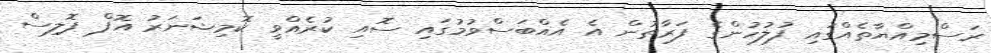
ރަސްމިއްޔާތެއްގައި ފުލުހުންގެ ފަރާތުން އެ އެއްބަސްވުމުގައި ސޮއި ކުރެއްވީ ކޮމިޝަނަރު އޮފް ޕޮލިސް